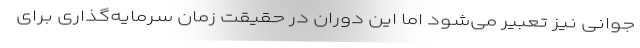
جوانی نیز تعبیر می‌شود اما این دوران در حقیقت زمان سرمایه‌گذاری برای